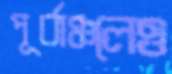
পূর্বাঞ্চলেও